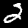
Digit: 2